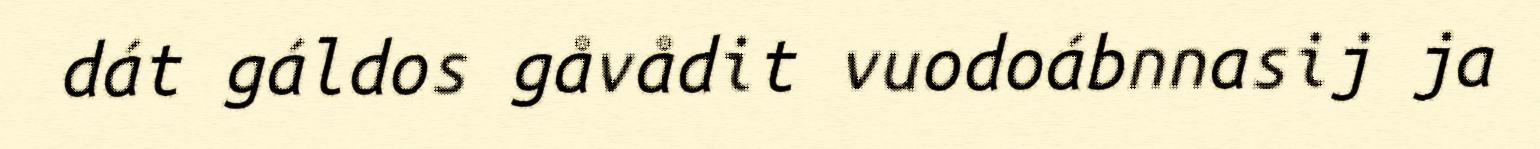
dát gáldos gåvådit vuodoábnnasij ja